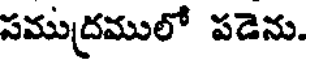
సముద్రములో పడెను.